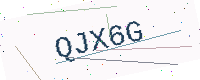
Text: QJX6G